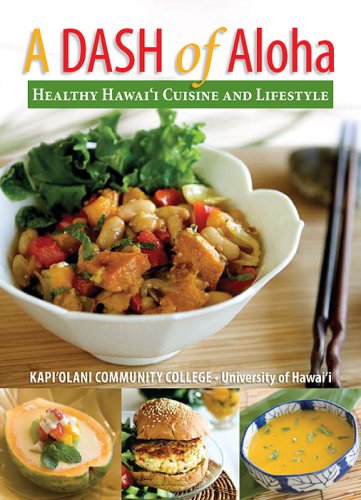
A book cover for A DASH of Aloha - Healthy Hawaiian Cuisine and Lifestyle; Kapiolani Community College - University of Hawaii; Cookbooks, Food & Wine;